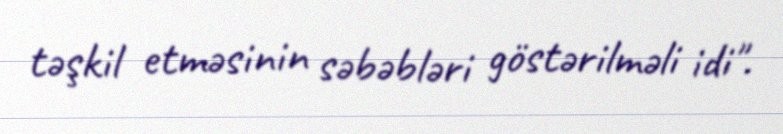
təşkil etməsinin səbəbləri göstərilməli idi".